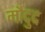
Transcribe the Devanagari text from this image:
मौदुद